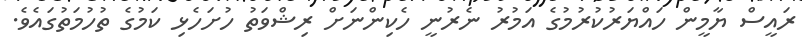
ރައީސް ޔާމީން ހައްޔަރުކުރުމުގެ އަމުރު ނެރުނީ ހެކިންނަށް ރިޝްވަތު ހުށަހެޅި ކަމުގެ ތުހުމަތުގައެވެ.